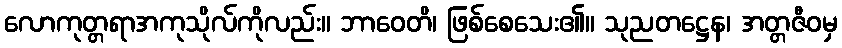
လောကုတ္တရာအကုသိုလ်ကိုလည်း။ ဘာဝေတိ၊ ဖြစ်စေသေး၏။ သုညတဋ္ဌေန၊ အတ္တဇီဝမှ